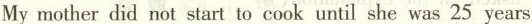
My mother did not start to cook until she was 25 years